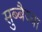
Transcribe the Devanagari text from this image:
सुब्बैय्या